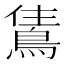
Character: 𬷗